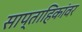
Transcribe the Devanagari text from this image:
साप्ताहिकांवर